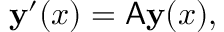
\mathbf { y } ^ { \prime } ( x ) = \mathsf { A } \mathbf { y } ( x ) ,